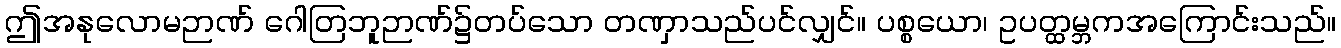
ဤအနုလောမဉာဏ် ဂေါတြဘူဉာဏ်၌တပ်သော တဏှာသည်ပင်လျှင်။ ပစ္စယော၊ ဥပတ္ထမ္ဘကအကြောင်းသည်။